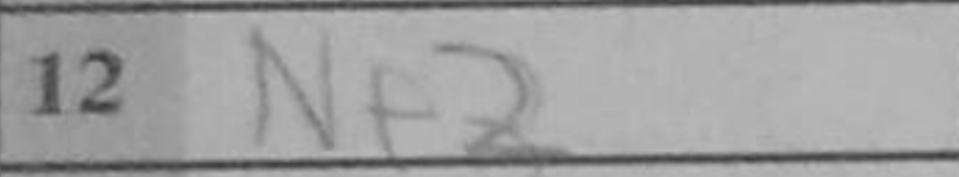
Transcription: Nf2